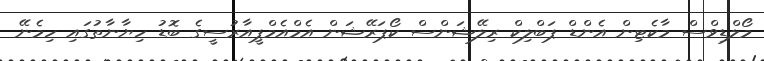
މޯލްޑިވްސް މާކެޓިން އެންޑް ޕަބްލިކް ރިލޭޝަންސް ކޯޕަރޭޝަން އެމްއެމްޕީއާރުސީގެ ބޮޑު ހިޔާނާތުގައި ހިމެނޭ